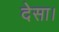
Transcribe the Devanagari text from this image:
देसा।